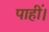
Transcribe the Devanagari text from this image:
पाहीं।